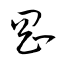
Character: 剛